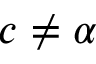
c \neq \alpha